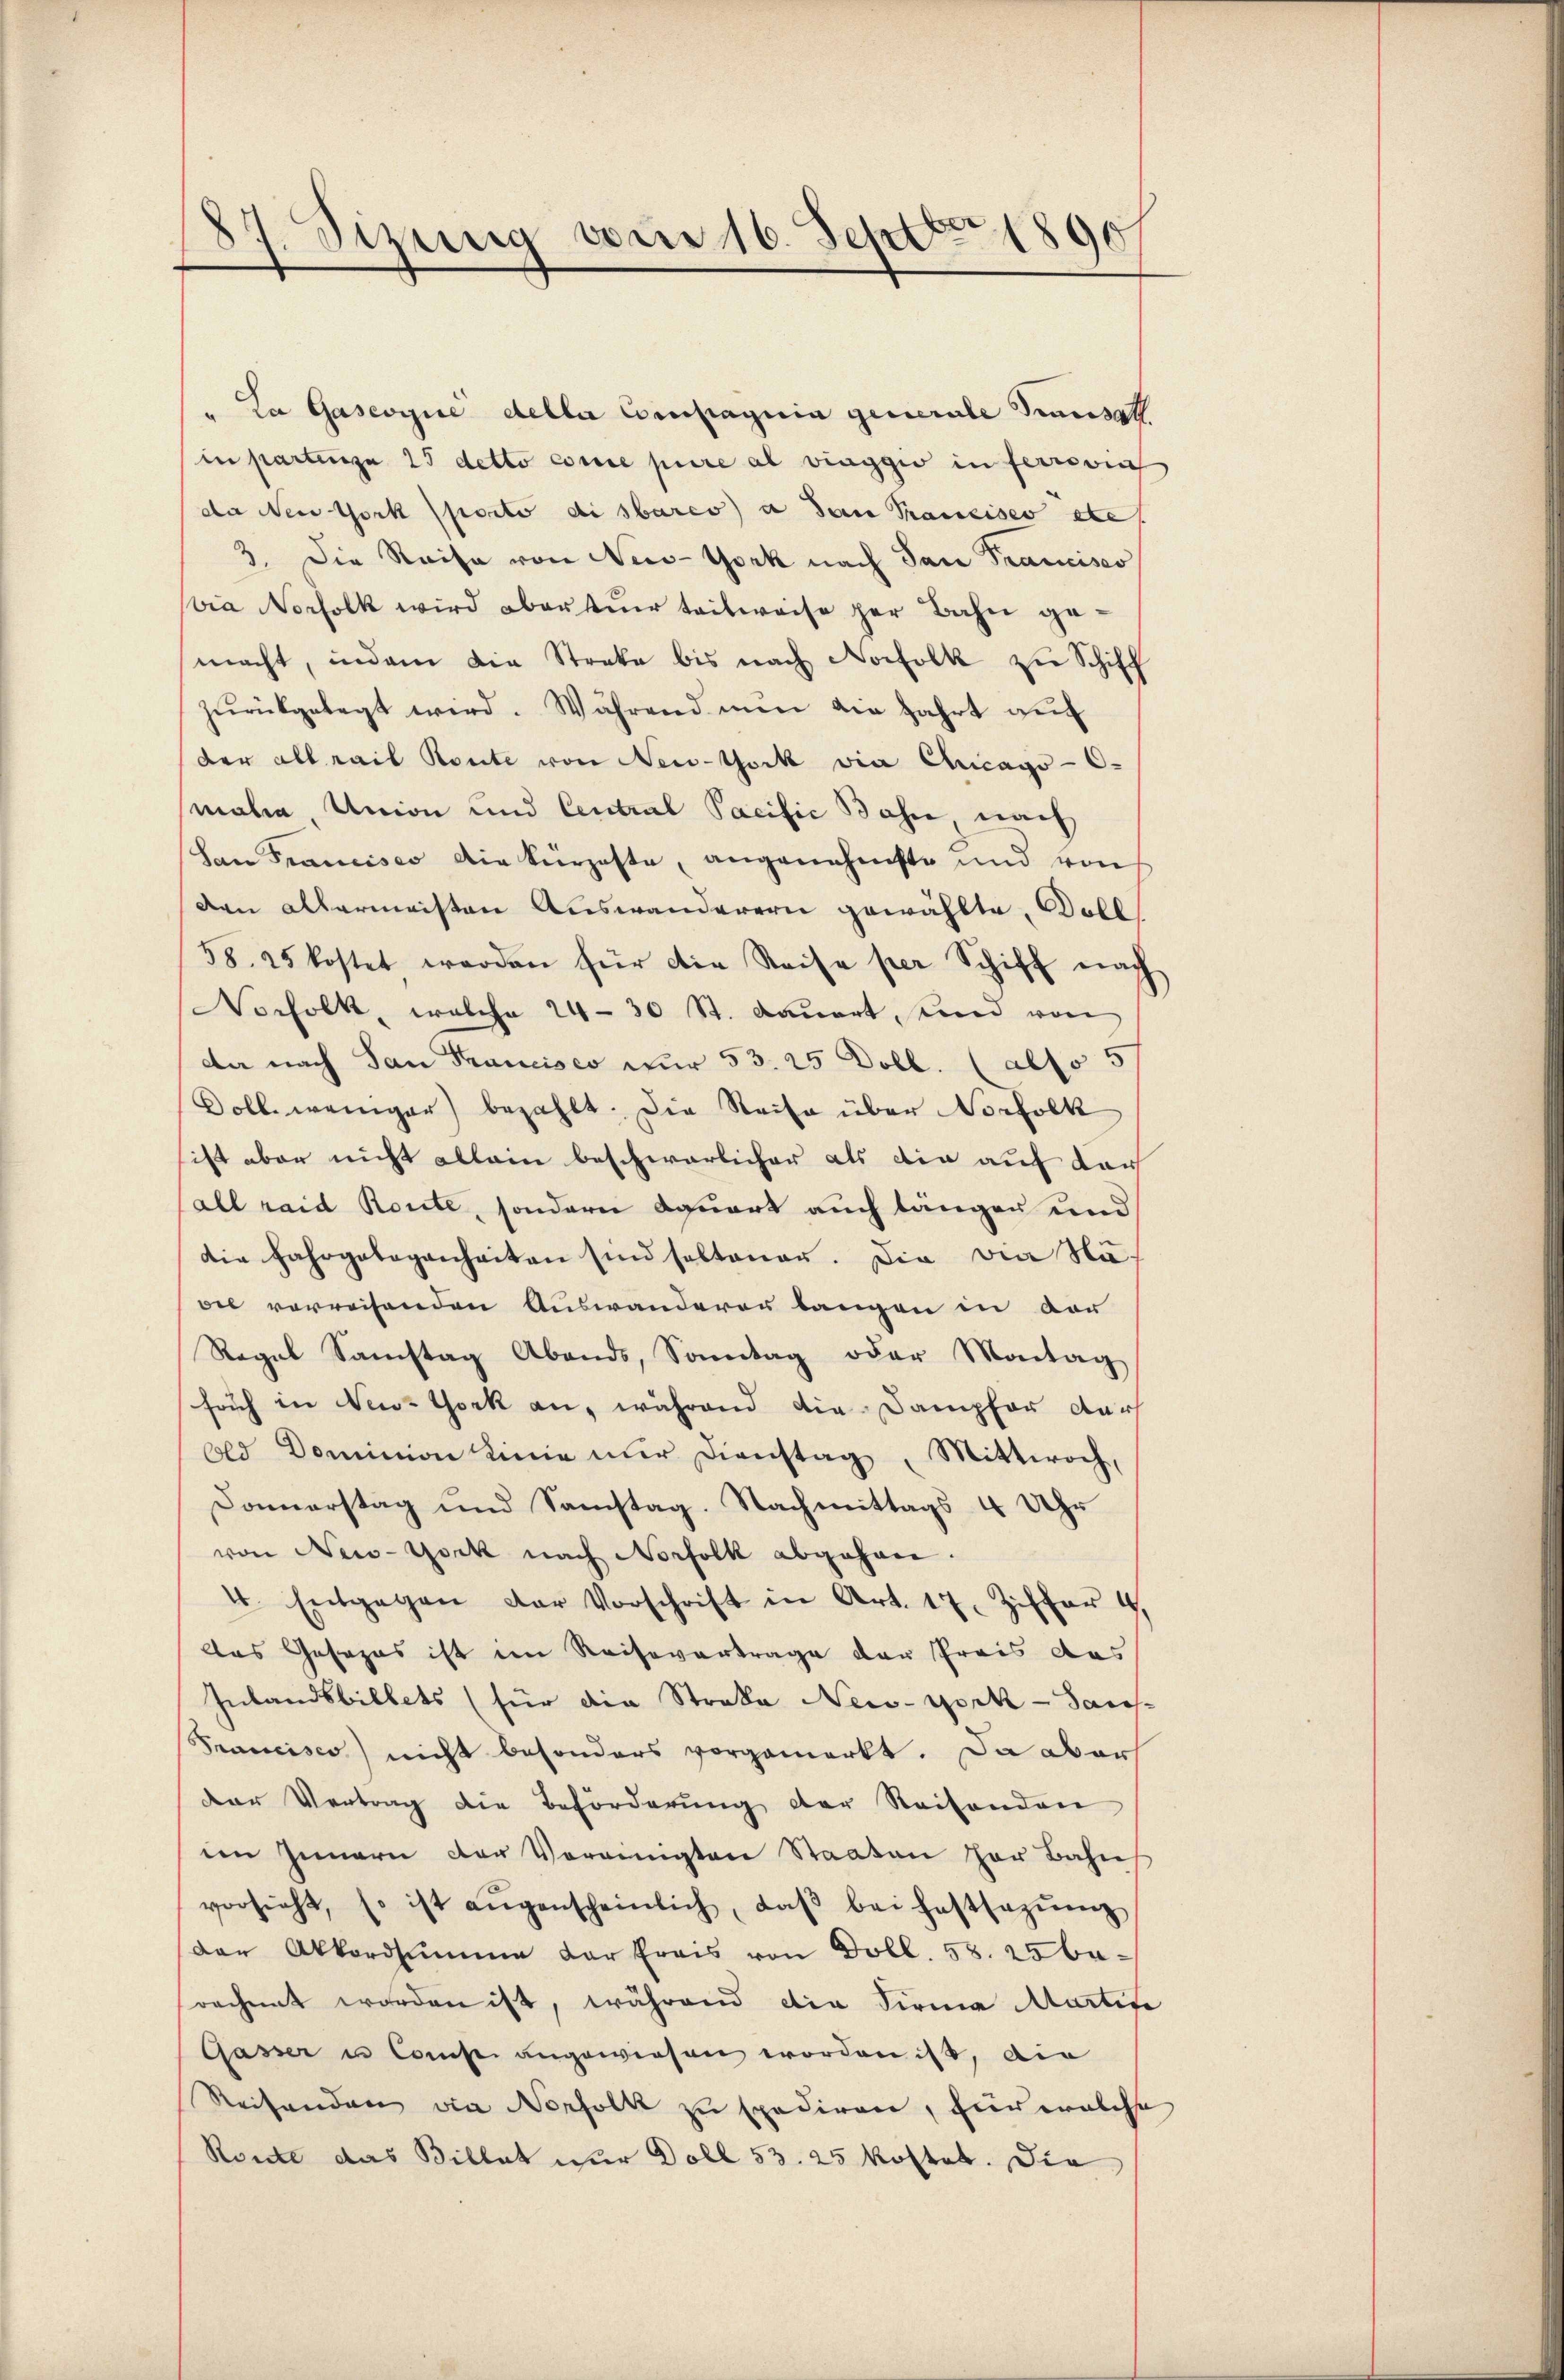
87. Sizung vom 16. Sept. 1890

La Gasevice deller Compagnia generale Transat
in partenza 25 detto conce pure al viaggio in fernein
da New York porto di sbares a dan Pancises etc
3. Die Reise von New-York nach San Francisco
via Norfolk wird aberstuer teilweise per Bahn gemacht, indem die Streke bis nach Norfolk zu Schiff
zŭrückgelegt wird. Während nun die fahrt auch
der allrail Route von New-York via Chicago -Cmala, Union und Central Pacifie Bahn nach
(San Francisco die kürzeste, angenehmste und von
Den allermeisten Auswanderern gewählte, Doll
58. 25 kostet werden für die Reise per Schiff nach
Norfolk, welche 24 - 30 St. Bauert, und von
da nach San Francisco nur 53. 25 Doll. (also 5
Doll, weniger) bezahlt. Die Reise über Norfolk
ist aber nicht allein beschwerlicher als die auf dar
all raid Route, sondern Aquart auch längen und
die Jahrgelegenheiten sind seltener. Die Die Nävil verreisenden Auswanderer langen in der
Regel Samstag Abends, Sonntag oder Montag
frich in New-York an, während die Dampfer darf
Old Dominion Linie nur Dienstag, Mittwoch,
Donnerstag und Samstag. Nachmittags 4 Uhr
von New-York nach Norfolk abgehen.
4. Entgegen der Vorschrift in Art. 17. Ziffer 4.
das Gesezes ist im Reisevertrage der Preis das
Inlandsbillets (für die Strata New-York - Saus-
Francisco nicht besonders vorgemerkt. Da aber
Der Vertrag die Beförderŭng der Reisenden
im Innern der Vereinigten Staaten her Bahn
vorsieht, so ist aŭgenscheinlich, daβ bei festsezŭng
Der Akkordsumme der frais von Doll. 58. 25 barechnet worden ist, während die Firma Martige
Gasser u Const angewiesen worden ist, die
Reisenden die Norfolk zu spediren, für welche
Route das Billat nur Doll 53. 25 kostet. Die